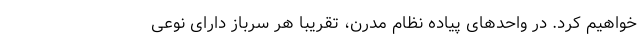
خواهیم کرد. در واحدهای پیاده نظام مدرن، تقریبا هر سرباز دارای نوعی